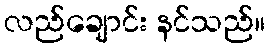
လည်ချောင်း နင်သည်။